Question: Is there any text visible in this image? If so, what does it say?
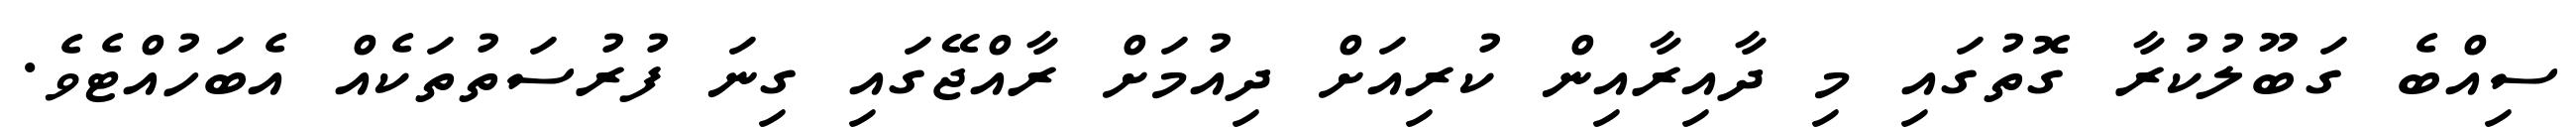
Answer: ސިއްބެ ގަބޫލުކުރާ ގޮތުގައި މި ދާއިރާއިން ކުރިއަށް ދިއުމަށް ރާއްޖޭގައި ގިނަ ފުރުސަތުތަކެއް އެބަހުއްޓެވެ.